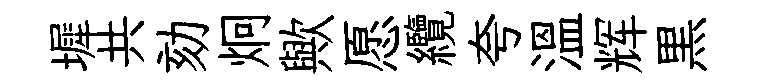
墀共劾炯歟愿纜夸温辉黒